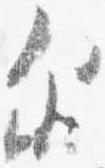
示